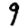
Digit: 9